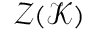
\mathcal { Z } ( \mathcal { K } )